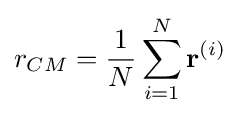
r_{CM}={\frac {1}{N}}\sum _{i=1}^{N}\mathbf {r} ^{(i)}